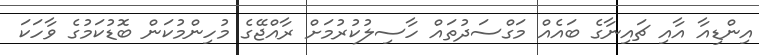
އިންޑިއާ އާއި ޗައިނާގެ ބައެއް މަގްސަދުތައް ހާސިލުކުރުމަށް ރާއްޖޭގެ މުހިންމުކަން ބޮޑުކަމުގެ ވާހަކަ